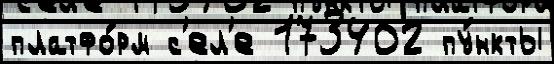
платфо́рм с'ел'е 173402 пу́нкты